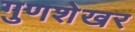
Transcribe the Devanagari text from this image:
गुणशेखर